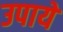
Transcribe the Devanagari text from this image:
उपायें